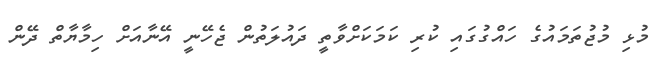
މުޅި މުޖުތަމައުގެ ހައްގުގައި ކުރި ކަމަކަށްވާތީ ދައުލަތުން ޖެހޭނީ އޭނާއަށް ހިމާޔާތް ދޭން